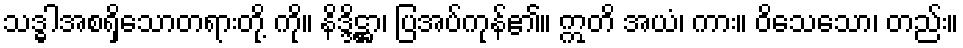
သဒ္ဓါအစရှိသောတရားတို့ ကို။ နိဒ္ဒိဋ္ဌာ၊ ပြအပ်ကုန်၏။ ဣတိ အယံ၊ ကား။ ဝိသေသော၊ တည်း။